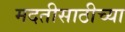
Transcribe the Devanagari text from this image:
मदतीसाठीच्या